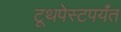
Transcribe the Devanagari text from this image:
टूथपेस्टपर्यंत